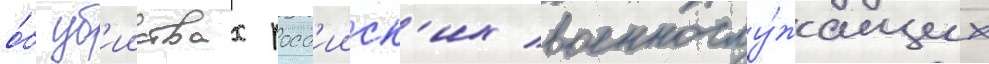
о́б уб'ииствах росс'ииск'их военнослу́жащих